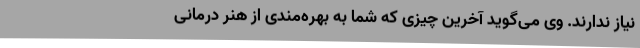
نیاز ندارند. وی می‌گوید آخرین چیزی که شما به بهره‌مندی از هنر درمانی